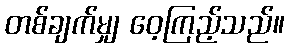
တစ်ချက်မျှ ဝေ့ကြည့်သည်။